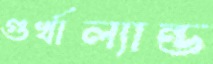
গুর্খাল্যান্ড